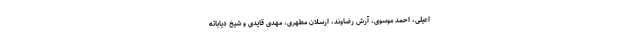
اعیلی، احمد موسوی، آرش رضاوند، ارسلان مطهری، مهدی قایدی و شیخ دیاباته